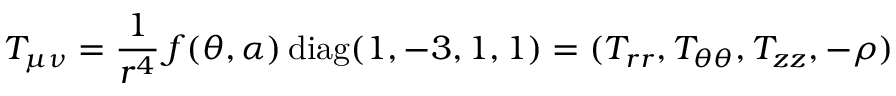
T _ { \mu \nu } = \frac { 1 } { r ^ { 4 } } \, f ( \theta , \alpha ) \, \mathrm { d i a g } ( 1 , - 3 , 1 , 1 ) = ( T _ { r r } , T _ { \theta \theta } , T _ { z z } , - \rho )